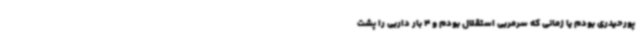
پورحیدری بودم یا زمانی که سرمربی استقلال بودم و 4 بار داربی را پشت